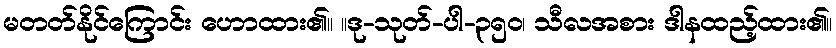
မတတ်နိုင်ကြောင်း ဟောထား၏။ ။ဒု-သုတ်-ပါ-၃၅၀၊ သီလအစား ဒါနထည့်ထား၏။